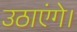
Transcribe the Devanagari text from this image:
उठाएंगे।